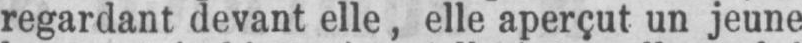
regardant devant elle, elle aperçut un jeune